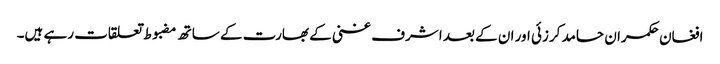
افغان حکمران حامد کرزئی اور ان کے بعد اشرف غنی کے بھارت کے ساتھ مضبوط تعلقات رہے ہیں۔